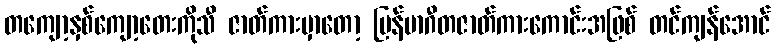
တကျော့နှစ်ကျော့တေးကိုသီ ဇာတ်ကားမှာတော့ မြန်မာဂီတဇာတ်ကားကောင်းအဖြစ် တင်ကျန်အောင်